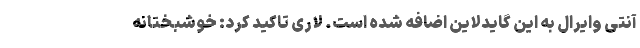
آنتی وایرال به این گایدلاین اضافه شده است. لاری تاکید کرد: خوشبختانه